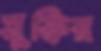
মুক্তির